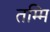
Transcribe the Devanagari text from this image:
तम्मि